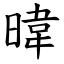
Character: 暐